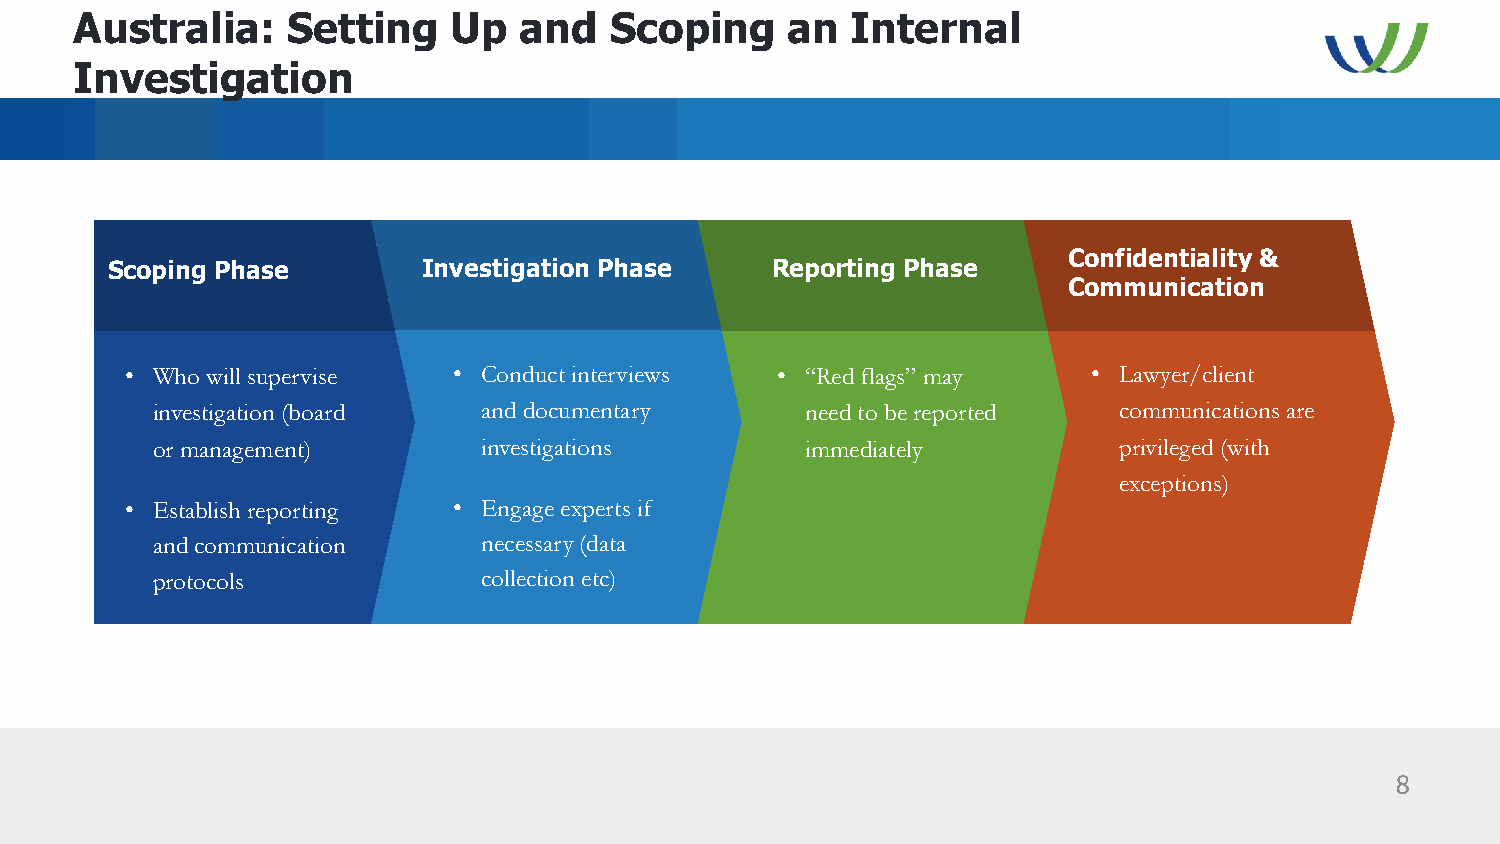
Australia:    Setting    Up  and   Scoping     an  Internal
 Investigation
 Confidentiality &
 Scoping Phase        Investigation Phase    Reporting Phase
 Communication
 • Who will supervise  • Conduct interviews • “Red flags” may    • Lawyer/client
 investigation (board  and documentary      need to be reported  communications are
 or management)        investigations       immediately          privileged (with
 exceptions)
 • Establish reporting • Engage experts if
 and communication     necessary (data
 protocols             collection etc)
 8